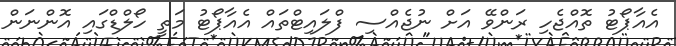
އެއާޕޯޓު ތޮއްޖެހި ރަންވޭ އަށް ނުޖެއްސި ފްލައިޓްތައް އެއާޕޯޓު މަތީ ހޯލްޑްގައި އޮންނަން